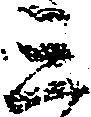
三